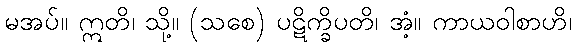
မအပ်။ ဣတိ၊ သို့။ (သစေ) ပဋိက္ခိပတိ၊ အံ့။ ကာယဝါစာဟိ၊